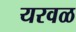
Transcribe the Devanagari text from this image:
यरवळ